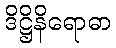
ဒိဋ္ဌိနိရောဓာ